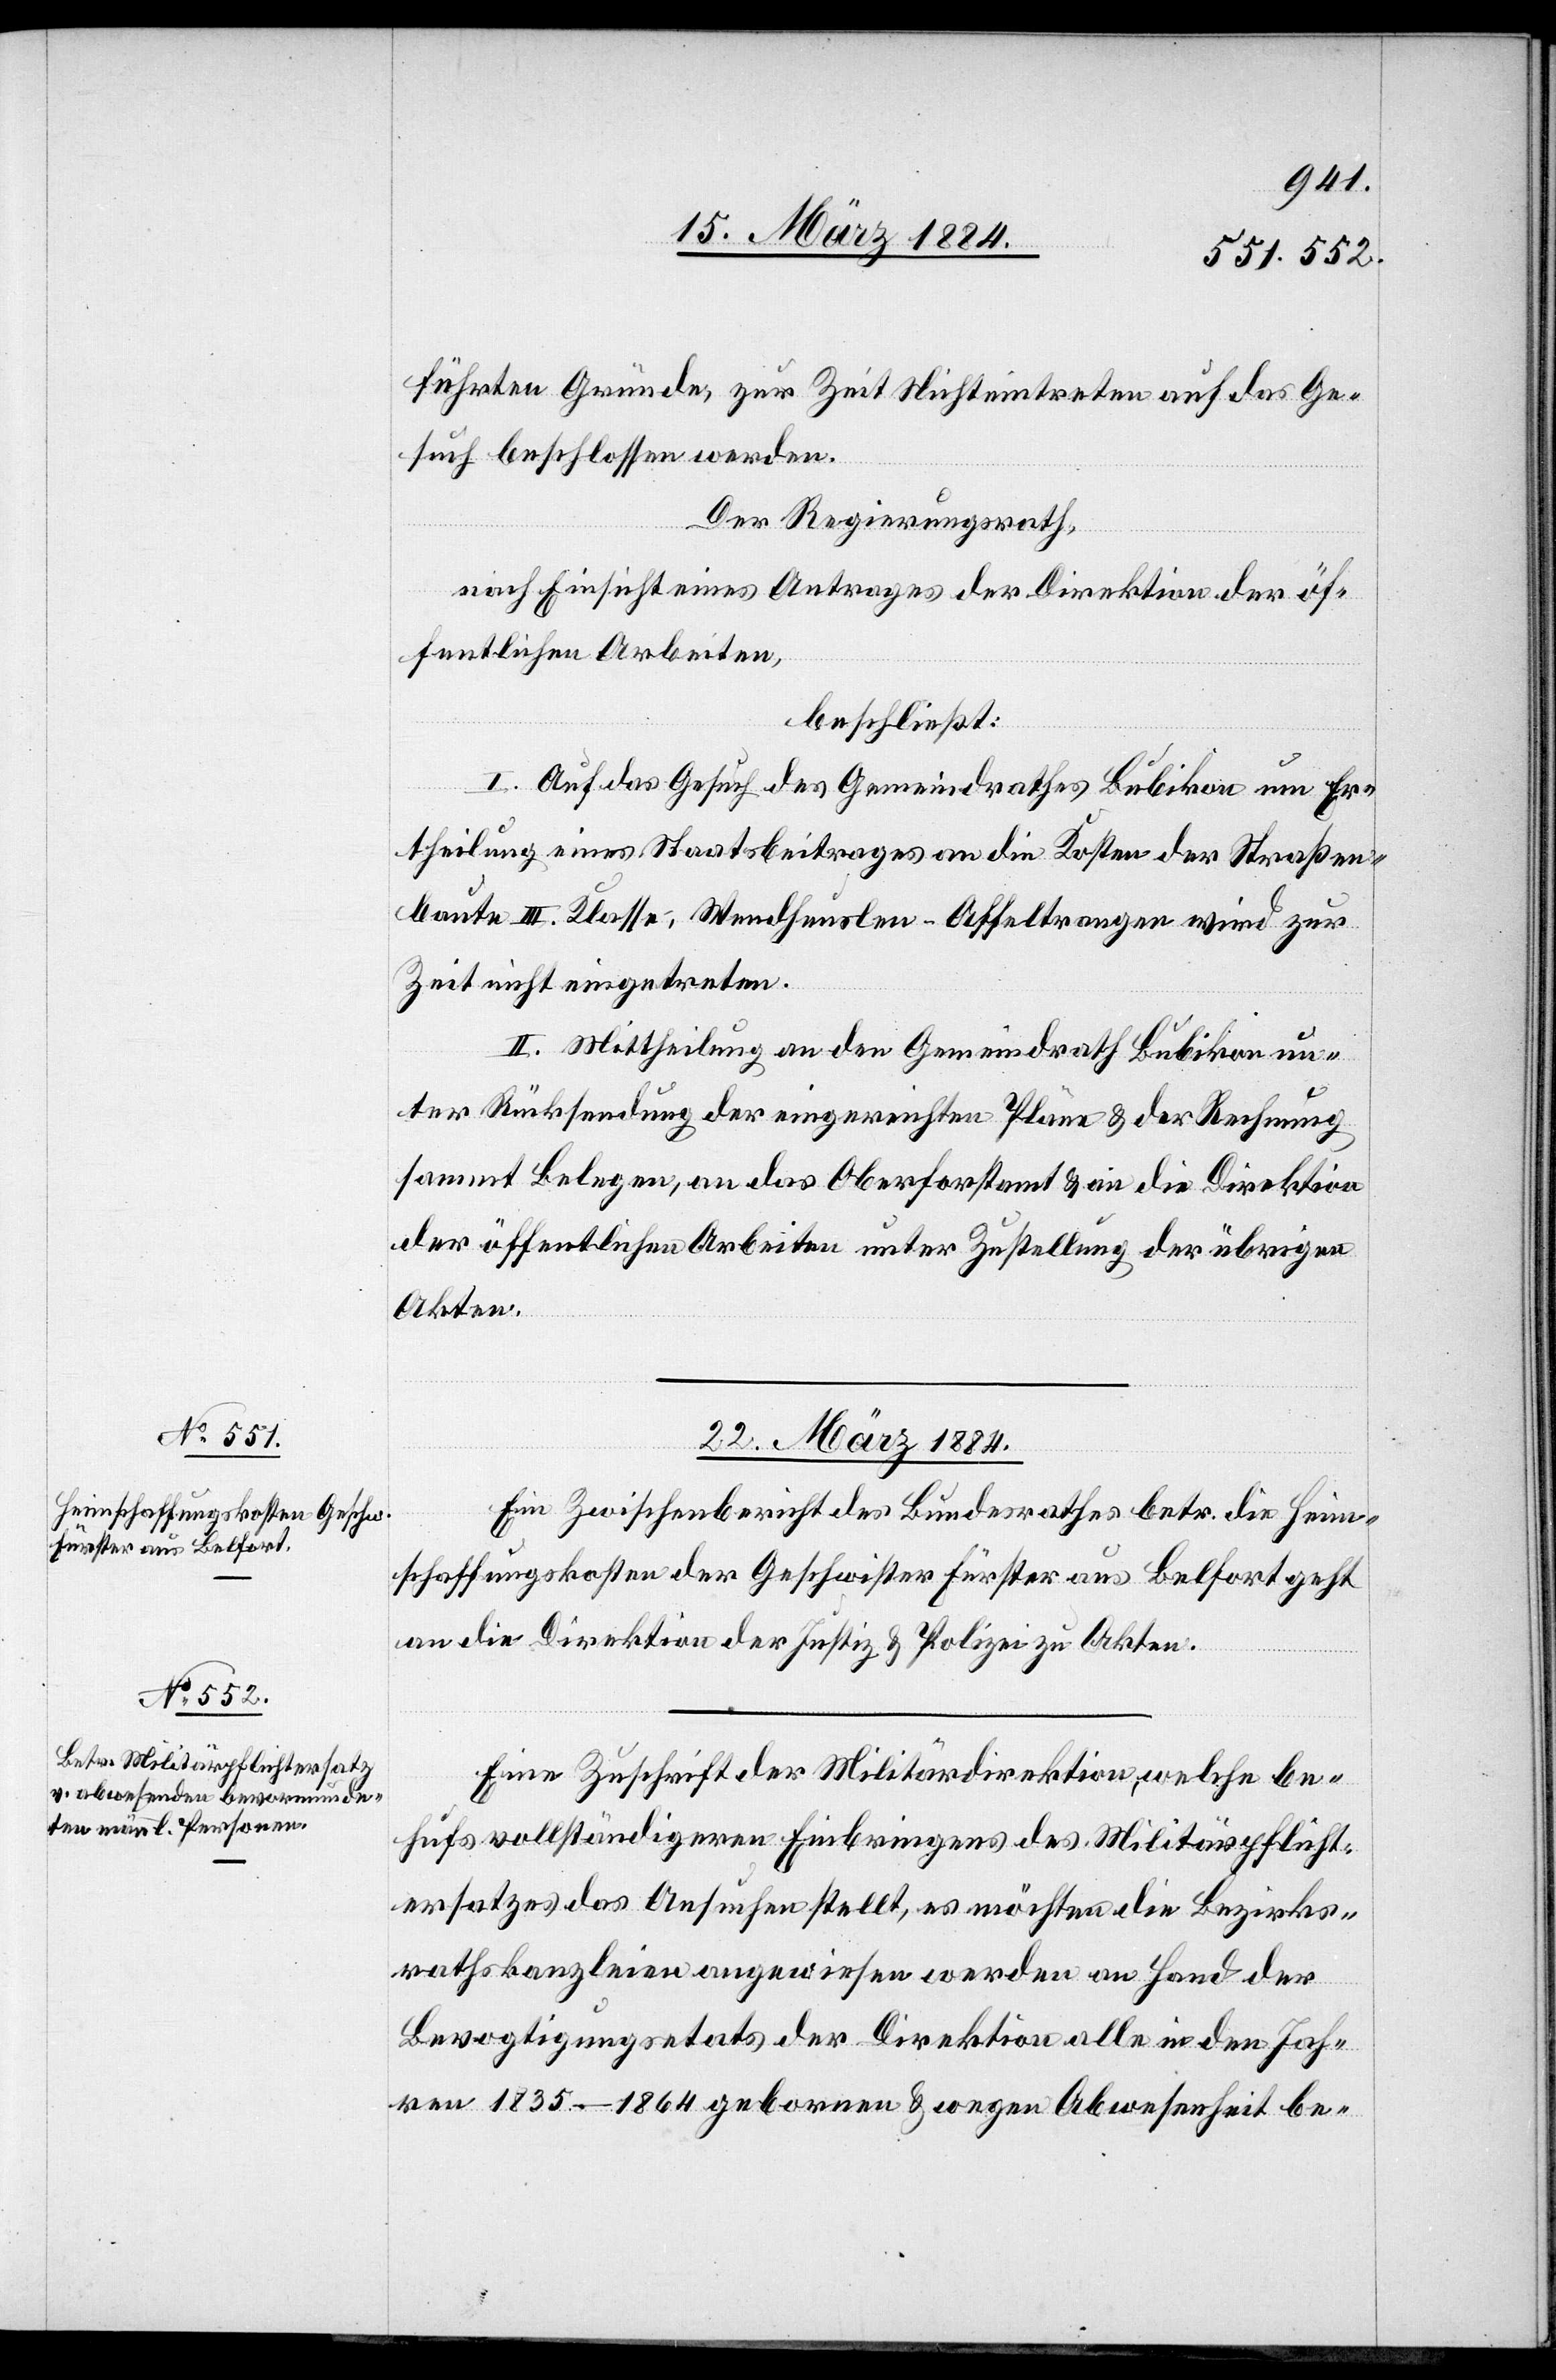
führten Gründe zur Zeit Nichteintreten auf das Ge¬
such beschlossen werden.
Der Regierungsrath,
nach Einsicht eines Antrages der Direktion der öf¬
fentlichen Arbeiten,
beschließt:
I. Auf das Gesuch des Gemeindrathes Bubikon um Er¬
theilung eines Staatsbeitrages an die Kosten der Straßen¬
baute III. Klasse Wendheuslen–Affeltrangen wir zur
Zeit nicht eingetreten.
II. Mittheilung an den Gemeindrath Bubikon un¬
ter Rücksendung der eingereichten Pläne & der Rechnung
sammt Belegen, an das Oberforstamt & an die Direktion
der öffentlichen Arbeiten unter Zustellung der übrigen
Akten.
22. März 1884.]
Ein Zwischenbericht des Bundesrathes betr. die Heim¬
schaffungskosten der Geschwister Fürster aus Belfort geht
an die Direktion der Justiz & Polizei zu Akten.
Eine Zuschrift der Militärdirektion, welche be¬
hufs vollständigeren Einbringens des Militärpflicht¬
ersatzes das Ansuchen stellt, es möchten die Bezirks¬
rathskanzleien angewiesen werden an Hand der
Bevogtigungsetats der Direktion alle in den Jah¬
ren 1835–1864 geborenen & wegen Abwesenheit be-